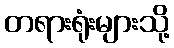
တရားရုံးများသို့